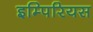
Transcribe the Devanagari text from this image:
इम्पिरियस